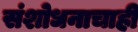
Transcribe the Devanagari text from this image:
संशोधनाचाही